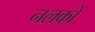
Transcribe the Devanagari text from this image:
नलकों